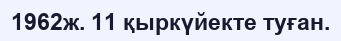
1962ж. 11 қыркүйекте туған.